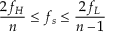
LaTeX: { \frac { 2 f _ { H } } { n } } \leq f _ { s } \leq { \frac { 2 f _ { L } } { n - 1 } }